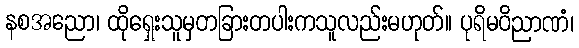
နစအညော၊ ထိုရှေးသူမှတခြားတပါးကသူလည်းမဟုတ်။ ပုရိမဝိညာဏံ၊